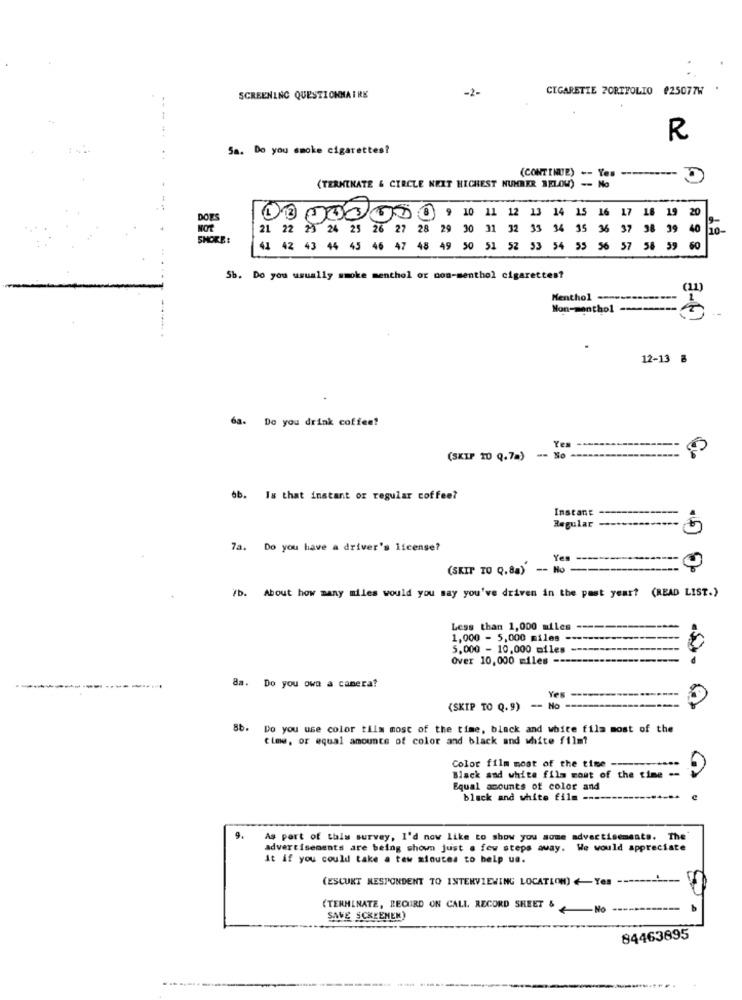
-2-
CIGARETTE PORTFOLIO #25077W
SCREENING QUESTIONNAIRE
-- -
R
Sa. Do you smoke cigarettes?
(CONTINUE) -- Yes ---------
D
(TERMINATE & CIRCLE NEXT HIGHEST NUMBER BELOW) -- No
--
20
DOT
12 3 45 67 8 9 10 11 12 13 14 15 16 17 16 1
21 22 23 24 25 26 27
28 29 30 31 32 33 34 35 36 37 98 39 40
20-
SHORE:
41 42 43 44 43 46 47 48 49 50 51 52 53 54 55 56 57 58 596
Sb. Do you usually smoke menthol or non-menthol cigarettes?
(11)
Menthol ..............
Non-menthol ------
12-13 ₴
6a. Do you drink coffee?
Yes
(SKIP 20 Q.7.) -- No --
6b. Is that instant or regular coffee?
Instant
Regular ---**
7a. Do you have a driver's license?
(SKIP TO Q.8a) -- No --------
----
/b. About how many miles would you may you've driven in the past year? (READ LIST.)
Less than 1,000 miles --
1,000 - 5,000 miles ----
----
5,000 - 10,000 miles ---------------
Over 10,000 miles -------
8a. Do you own a camera?
(SKIP TO Q.9) -- No ----
8b. Do you use color tilm most of the time, black and white film most of the
time, or equal amounts of color and black and white film?
Color film most of the time ----
Black and white film most of the time =-
Equal acounts of color and
black and white film ----
9.
As part of this survey, I'd now like to show you some advertisements. The
advertisements are being shown just a few steps away. We would appreciate
it if you could take a tew minutes to help us.
(ESCUKT RESPONDENT TO INTERVIEWING LOCATION) <- Yes -----------
(TERMINATE, LECUIRD ON CALL RECORD SHEET & No
SAVE SCREENEN)
84463895